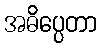
အဓိပ္ပေတာ